Report on sanitation, dispensaries, and jails in Rajputana for 1918, and on vaccination for the year 1918-1919 - 1918-1919
Year: 1918
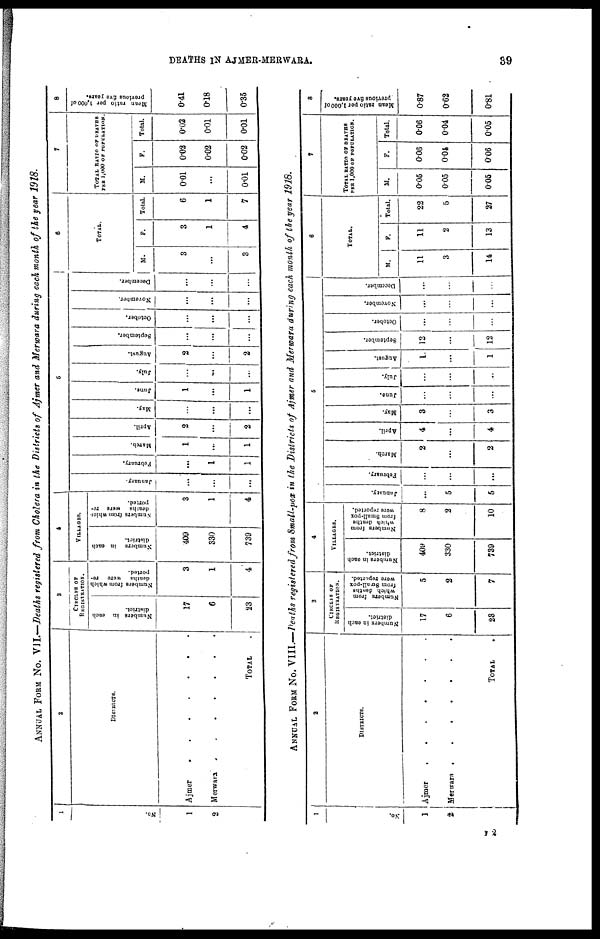
DEATHS IN AJMEJR-MERWARA.
39
ANNUAL FORM No. VII.—Deaths registered from Cholera in the Districts of Ajmer and Merwara during each month of the year 1918.
1
No.
1
2
2
DISTRICTS.
Ajmer
.
.
.
.
.
.
.
Merwara .
.
.
.
TOTAL .
3
CIRCLES OF
REGISTRATION.
Numbers in each
district.
17
6
23
Numbers from which
deaths were re-
ported.
3
1
4
4
VILLAGES.
Numbers in each
district.
409
330
739
Numbers from which
deaths were re-
ported.
3
1
4
5
January.
...
...
...
February.
...
1
1
March.
1
...
1
April.
2
...
2
May.
...
...
...
June.
1
...
1
July.
...
...
...
August.
2
...
2
September.
...
...
...
October.
...
...
...
November.
...
...
...
December.
...
...
...
6
TOTAL.
M.
3
...
3
F.
3
1
4
Total.
6
1
7
7
TOTAL RATIO OF DEATHS
PER 1,000 OF POPULATION.
M.
0.01
...
0.01
F.
0.02
0.02
0.02
Total.
0.02
0.01
0.01
8
Mean ratio per 1,000 of
previous five years.
0.41
0.18
0.35
ANNUAL FORM No. VIII.—Deaths registered from Small-pox in the Districts of Ajmer and Merwara during each month of the year 1918.
1
No.
1
2
2
DISTRICTS.
Ajmer
.
.
.
.
.
.
.
Merwara .
.
.
.
.
.
.
TOTAL .
3
CIRCLES OF
REGISTRATION.
Numbers in each
district.
17
6
23
Numbers from
which deaths
from Small-pox
were reported.
5
2
7
4
VILLAGES.
Numbers in each
district.
409
330
739
Numbers from
which deaths
from Small-pox
were reported.
8
2
10
5
January.
...
5
5
February.
...
...
...
March.
2
...
2
April.
4
...
4
May.
3
...
3
June.
...
...
...
July.
...
...
...
August.
1
...
1
September.
12
...
12
October.
...
...
...
November.
...
...
...
December.
...
...
...
6
TOTAL.
M.
11
3
14
F.
11
2
13
Total.
22
5
27
7
TOTAL RATIO OF DEATHS
PER 1,000 OF POPULATION.
M.
0.05
0.05
0.05
F.
0.06
0.04
0.06
Total.
0.06
0.04
0.05
8
Mean ratio per 1,000 of
previous five years.
0.87
0.62
0.81
F 2